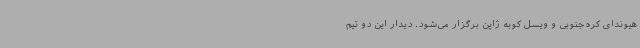
هیوندای کره‌جنوبی و ویسل کوبه ژاپن برگزار می‌شود. دیدار این دو تیم